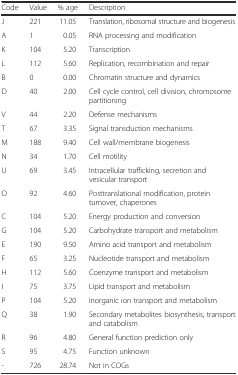
| Code | Value | % age | Description |
 | --- | --- | --- | --- |
 | J | 221 | 11.05 | Translation, ribosomal structure and biogenesis |
 | A | 1 | 0.05 | RNA processing and modification |
 | K | 104 | 5.20 | Transcription |
 | L | 112 | 5.60 | Replication, recombination and repair |
 | B | 0 | 0.00 | Chromatin structure and dynamics |
 | D | 40 | 2.00 | Cell cycle control, cell division, chromosome partitioning |
 | V | 44 | 2.20 | Defense mechanisms |
 | T | 67 | 3.35 | Signal transduction mechanisms |
 | M | 188 | 9.40 | Cell wall/membrane biogenesis |
 | N | 34 | 1.70 | Cell motility |
 | U | 69 | 3.45 | Intracellular trafficking, secretion and vesicular transport |
 | O | 92 | 4.60 | Posttranslational modification, protein turnover, chaperones |
 | C | 104 | 5.20 | Energy production and conversion |
 | G | 104 | 5.20 | Carbohydrate transport and metabolism |
 | E | 190 | 9.50 | Amino acid transport and metabolism |
 | F | 65 | 3.25 | Nucleotide transport and metabolism |
 | H | 112 | 5.60 | Coenzyme transport and metabolism |
 | I | 75 | 3.75 | Lipid transport and metabolism |
 | P | 104 | 5.20 | Inorganic ion transport and metabolism |
 | Q | 38 | 1.90 | Secondary metabolites biosynthesis, transport and catabolism |
 | R | 96 | 4.80 | General function prediction only |
 | S | 95 | 4.75 | Function unknown |
 | - | 726 | 28.74 | Not in COGs |